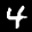
Label: 4